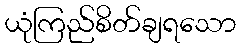
ယုံကြည်စိတ်ချရသော